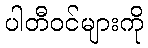
ပါတီဝင်များကို